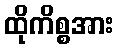
ထိုကိစ္စအား